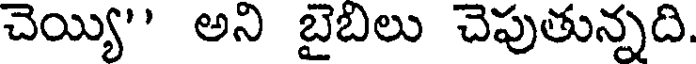
చెయ్యి'' అని బైబిలు చెపుతున్నది.